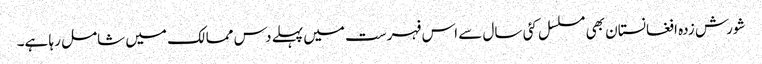
شورش زدہ افغانستان بھی مسلسل کئی سال سے اس فہرست میں پہلے دس ممالک میں شامل رہا ہے۔